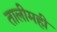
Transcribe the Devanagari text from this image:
तालीमही